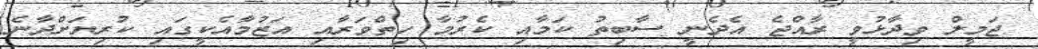
ޖަމީލް ވިދާޅުވީ ރާއްޖެ އެދެނީ ސާބިތު ކަމާއި ކެރުމާ ހިތްވަރާއި އަޒުމާއެކީގައި ކުރިޔަށްދާނެ